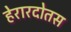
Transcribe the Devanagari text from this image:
हेरारदोतस